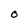
Character: O